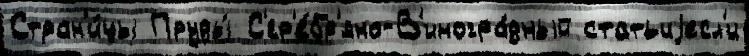
Стран'и́цы Пруды́ С'ер'е́бр'яно-В'иногра́дный статьиjесл'и